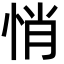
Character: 悄